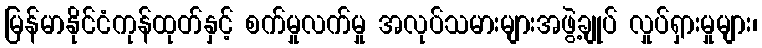
မြန်မာနိုင်ငံကုန်ထုတ်နှင့် စက်မှုလက်မှု အလုပ်သမားများအဖွဲ့ချုပ် လှုပ်ရှားမှုများ၊